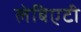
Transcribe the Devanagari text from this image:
लेबिएटी